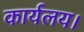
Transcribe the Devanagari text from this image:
कार्यलय।